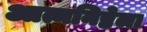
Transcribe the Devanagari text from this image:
आत्मनिष्ठेला